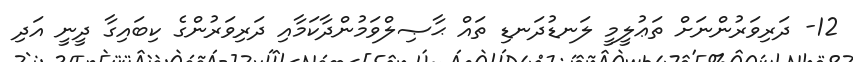
12- ދަރިވަރުންނަށް ތަޢުލީމީ ލަނޑުދަނޑި ތައް ޙާޞިލްވަމުންދާކަމާއި ދަރިވަރުންގެ ކިބައިގާ ދީނީ އަދި